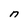
Character: n